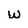
Character: w